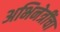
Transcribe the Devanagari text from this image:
अभिनेत्रींचा